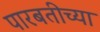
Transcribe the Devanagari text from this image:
पारबतीच्या